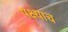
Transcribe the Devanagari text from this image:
पक्ष्याच